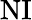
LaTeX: \mathrm{NI}